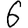
Digit: 6